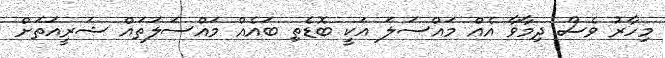
މިހާރު ވެސް ދިމާވާ އެއް މައްސަލަ އަކީ ބޮޑެތި ބައެއް މައްސަލަތައް ޝަރީއަތަށް